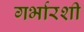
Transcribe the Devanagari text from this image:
गर्भारशी